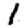
Digit: 1